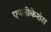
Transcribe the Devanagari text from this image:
एपलीकेशंस